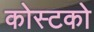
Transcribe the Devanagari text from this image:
कोस्‍टको